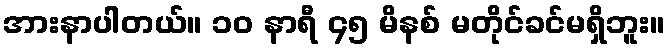
အားနာပါတယ်။ ၁၀ နာရီ ၄၅ မိနစ် မတိုင်ခင်မရှိဘူး။